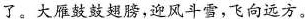
了。大雁鼓鼓翅膀，迎风斗雪，飞向远方。